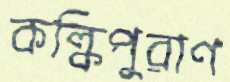
কল্কিপুরাণ